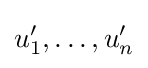
u'_{1},\ldots ,u'_{n}